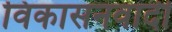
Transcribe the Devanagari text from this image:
विकासनवादी